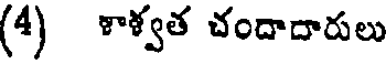
(4) ళాళ్వత చందాదారులు